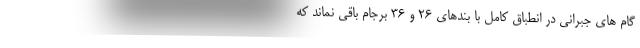
گام های جبرانی در انطباق کامل با بندهای ۲۶ و ۳۶ برجام باقی نماند که